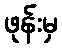
ဖုန်းမှ